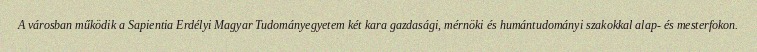
A városban működik a Sapientia Erdélyi Magyar Tudományegyetem két kara gazdasági, mérnöki és humántudományi szakokkal alap- és mesterfokon.